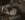
هذا